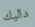
داليك